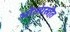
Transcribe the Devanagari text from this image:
भोज्यस्रोत